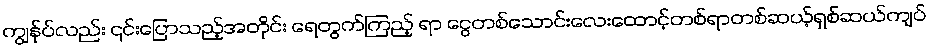
ကျွန်ုပ်လည်း ၎င်းပြောသည့်အတိုင်း ရေတွက်ကြည့် ရာ ငွေတစ်သောင်းလေးထောင့်တစ်ရာတစ်ဆယ့်ရှစ်ဆယ်ကျပ်